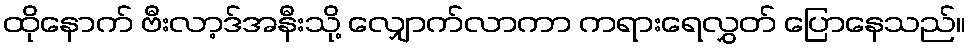
ထိုနောက် ဗီးလာ့ဒ်အနီးသို့ လျှောက်လာကာ ကရားရေလွှတ် ပြောနေသည်။